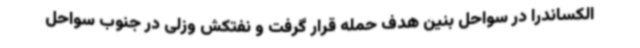
الکساندرا در سواحل بنین هدف حمله قرار گرفت و نفتکش وزلی در جنوب سواحل